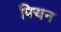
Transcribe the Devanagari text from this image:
फ्यिन